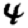
Digit: 4